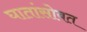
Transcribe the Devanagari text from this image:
घातांसोबत